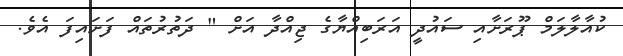
ކުއާލާލަމް ޕޫރަަށާއި ސައުދީ އަރަބިއްޔާގެ ޖިއްދާ އަށް " ދަތުރުތައް ފަށައިފަ އެވެ.